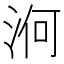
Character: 𣵣